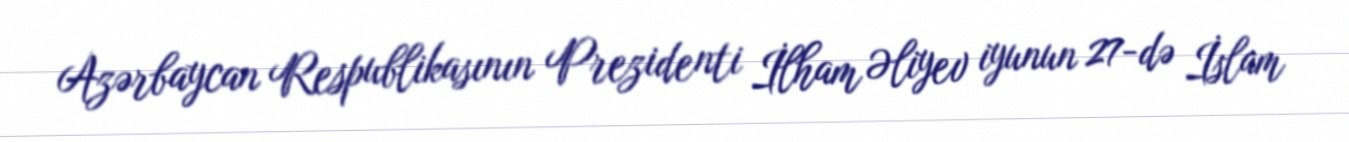
Azərbaycan Respublikasının Prezidenti İlham Əliyev iyunun 27-də İslam